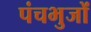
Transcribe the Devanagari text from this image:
पंचभुजों